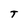
Character: T